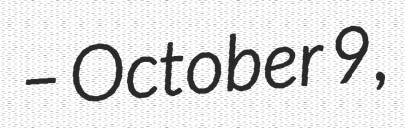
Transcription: – October 9,